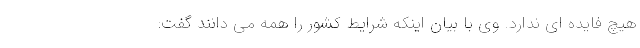
هیچ فایده ای ندارد. وی با بیان اینکه شرایط کشور را همه می دانند گفت: